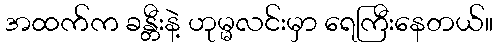
အထက်က ခန္တီးနဲ့ ဟုမ္မလင်းမှာ ရေကြီးနေတယ်။